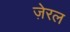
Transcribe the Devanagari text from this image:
ज़ेरल